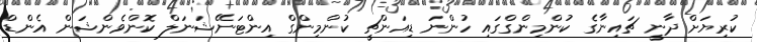
ކުރިޔަށް ދާނީ ޗައިނާގެ ކުންމިންގްގައި ހުންނަ ޑިއަންޗީ ކުންމިންގް އިންޓަނޭޝަނަލް ކޮންވެންޝަން އެންޑް